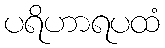
ပရိဟာရပထံ